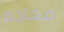
مهاجم